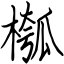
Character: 槬